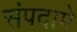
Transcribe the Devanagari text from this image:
संपदामे